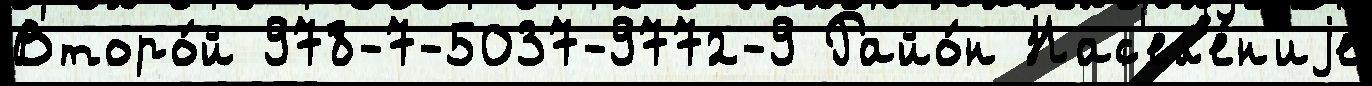
Второ́й 978-7-5037-9772-9 Райо́н Нас'ел'е́н'иjе